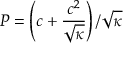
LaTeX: P = \left( c + \frac { c ^ { 2 } } { \sqrt { \kappa } } \right) / \sqrt { \kappa }